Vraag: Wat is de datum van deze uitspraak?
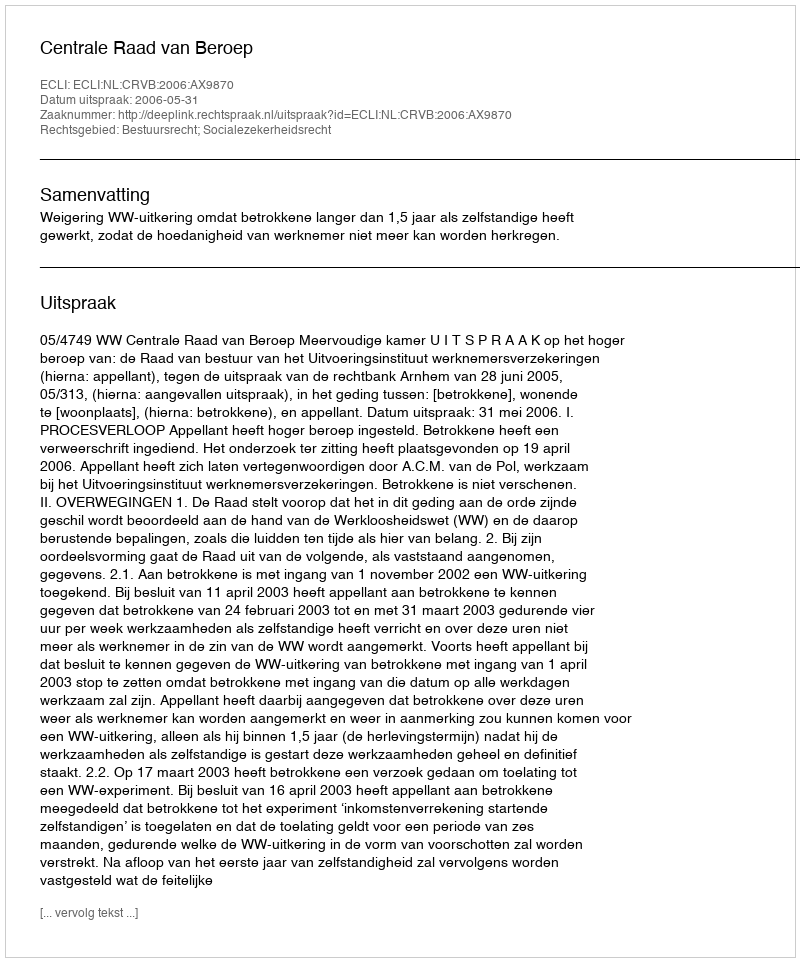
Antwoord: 2006-05-31